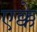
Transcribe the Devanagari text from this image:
एक्के